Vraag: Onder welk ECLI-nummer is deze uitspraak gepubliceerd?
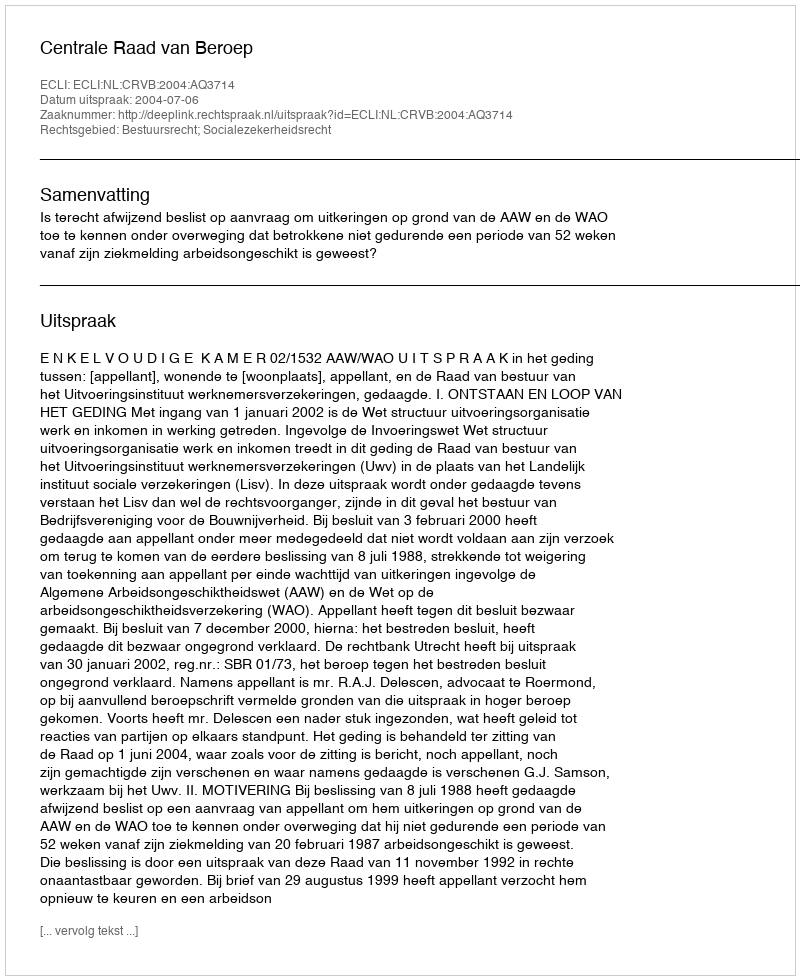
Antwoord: ECLI:NL:CRVB:2004:AQ3714